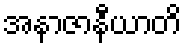
အနာဇာနီယာတိ